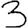
Digit: 3